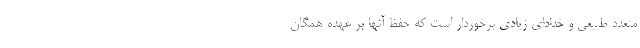
متعدد طبیعی و خدادای زیادی برخوردار است که حفظ آنها بر عهده همگان